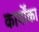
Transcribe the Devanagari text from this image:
कार्योंका